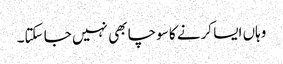
وہاں ایسا کرنے کا سوچا بھی نہیں جا سکتا۔